Indian journal of veterinary science and animal husbandry - Volumes 18-21, 1948-1951
Year: 1948
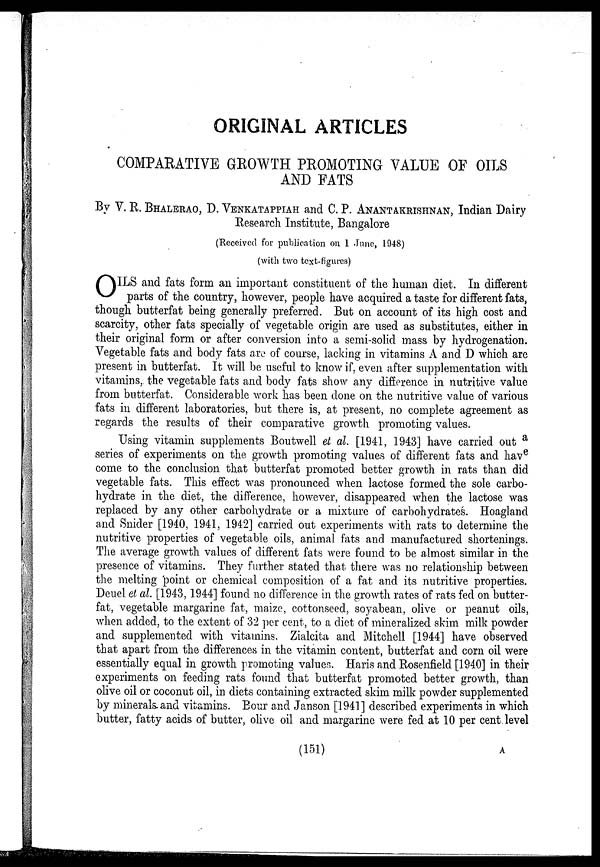
ORIGINAL ARTICLES
COMPARATIVE GROWTH PROMOTING VALUE OF OILS
AND FATS
By V. R. BHALERAO, D. VENKATAPPIAH and C. P. ANANTAKRISHNAN, Indian Dairy
Research Institute, Bangalore
(Received for publication on 1 June, 1948)
(with two text-figures)
O ILS and fats form an important constituent of the human diet. In different
parts of the country, however, people have acquired a taste for different fats,
though butterfat being generally preferred. But on account of its high cost and
scarcity, other fats specially of vegetable origin are used as substitutes, either in
their original form or after conversion into a semi-solid mass by hydrogenation.
Vegetable fats and body fats are of course, lacking in vitamins A and D which are
present in butterfat. It will be useful to know if, even after supplementation with
vitamins, the vegetable fats and body fats show any difference in nutritive value
from butterfat. Considerable work has been done on the nutritive value of various
fats in different laboratories, but there is, at present, no complete agreement as
regards the results of their comparative growth promoting values.
Using vitamin supplements Boutwell et al. [1941, 1943] have carried out a
series of experiments on the growth promoting values of different fats and have
come to the conclusion that butterfat promoted better growth in rats than did
vegetable fats. This effect was pronounced when lactose formed the sole carbo-
hydrate in the diet, the difference, however, disappeared when the lactose was
replaced by any other carbohydrate or a mixture of carbohydrates. Hoagland
and Snider [1940, 1941, 1942] carried out experiments with rats to determine the
nutritive properties of vegetable oils, animal fats and manufactured shortenings.
The average growth values of different fats were found to be almost similar in the
presence of vitamins. They further stated that there was no relationship between
the melting point or chemical composition of a fat and its nutritive properties.
Deuel et al. [1943, 1944] found no difference in the growth rates of rats fed on butter-
fat, vegetable margarine fat, maize, cottonseed, soyabean, olive or peanut oils,
when added, to the extent of 32 per cent, to a diet of mineralized skim milk powder
and supplemented with vitamins. Zialcita and Mitchell [1944] have observed
that apart from the differences in the vitamin content, butterfat and corn oil were
essentially equal in growth promoting values. Haris and Rosenfield [1940] in their
experiments on feeding rats found that butterfat promoted better growth, than
olive oil or coconut oil, in diets containing extracted skim milk powder supplemented
by minerals and vitamins. Bour and Janson [1941] described experiments in which
butter, fatty acids of butter, olive oil and margarine were fed at 10 per cent level
(151)
A